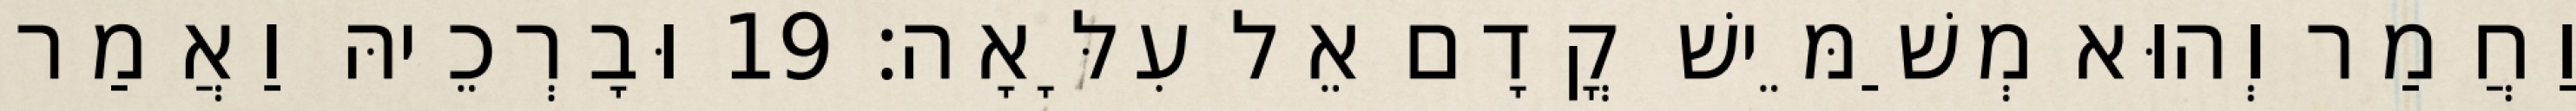
וַחֲמַר וְהוּא מְשַׁמֵּישׁ קֳדָם אֵל עִלָּאָה׃ 19 וּבָרְכֵיהּ וַאֲמַר